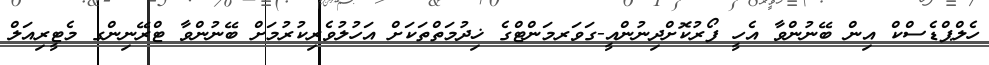
ހެލްޕްޑެސްކް އިން ބޭނުންވާ އެހީ ފޯރުކޮށްދިނުންއީ-ގަވަރމަންޓްގެ ޚިދުމަތްތަކަށް އަހުލުވެރިކުރުމަށް ބޭނުންވާ ޓްރޭނިންގ މެޓީރިއަލް